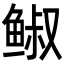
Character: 𩾈